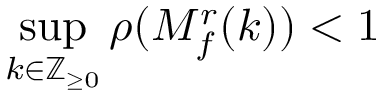
\operatorname* { s u p } _ { k \in \mathbb { Z } _ { \geq 0 } } \rho ( M _ { f } ^ { r } ( k ) ) < 1